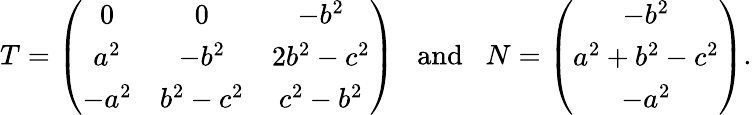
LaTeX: T=\left(\begin{array}{ccc}{0}&{0}&{-b^{2}}\\ {a^{2}}&{-b^{2}}&{2b^{2}-c^{2}}\\ {-a^{2}}&{b^{2}-c^{2}}&{c^{2}-b^{2}}\end{array}\right)\; \; \mathrm{~and~}\; \; N=\left(\begin{array}{c}{-b^{2}}\\ {a^{2}+b^{2}-c^{2}}\\ {-a^{2}}\end{array}\right).